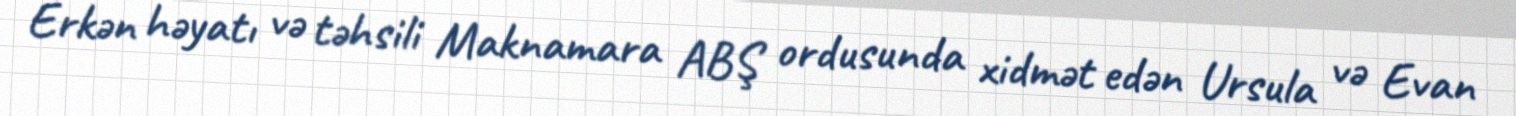
Erkən həyatı və təhsili Maknamara ABŞ ordusunda xidmət edən Ursula və Evan